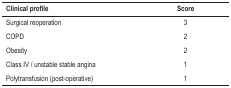
| Clinical profile | Score |
 | --- | --- |
 | Surgical reoperation | 3 |
 | COPD | 2 |
 | Obesity | 2 |
 | Class IV / unstable stable angina | 1 |
 | Polytransfusion (post-operative) | 1 |